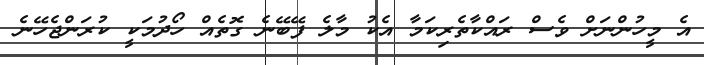
އެ މީހުންނަށް ވެސް ރައްކާތެރިކަމާ އެކު މާލެ ފޭބޭނެ ގޮތެއް ހޯދުމަކީ ކުރަންޖެހޭނެ